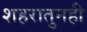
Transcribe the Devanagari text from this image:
शहरातुनही